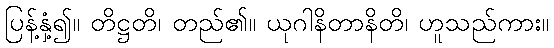
ပြန့်နှံ့၍။ တိဋ္ဌတိ၊ တည်၏။ ယုဂါနိတာနိတိ၊ ဟူသည်ကား။